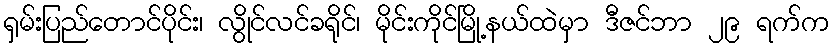
ရှမ်းပြည်တောင်ပိုင်း၊ လွိုင်လင်ခရိုင်၊ မိုင်းကိုင်မြို့နယ်ထဲမှာ ဒီဇင်ဘာ ၂၉ ရက်က